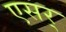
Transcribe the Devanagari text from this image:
एसर्